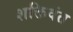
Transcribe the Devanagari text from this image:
शक्तिवंत